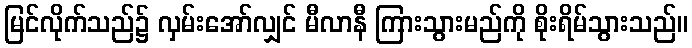
မြင်လိုက်သည်၌ လှမ်းအော်လျှင် မီလာနီ ကြားသွားမည်ကို စိုးရိမ်သွားသည်။